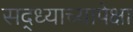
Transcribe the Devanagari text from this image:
सद्ध्याच्यापेक्षा